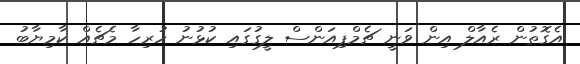
އެގޮތުން ރެއާލް އިން ވަނީ ޗެމްޕިއަންސް ލީގުގައި ކުޅުނު ހުރިހާ މެޗެއް ކާމިޔާބު